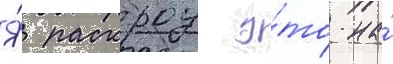
Я́ раскроу э́то на́